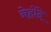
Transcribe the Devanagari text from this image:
नेहोंदे